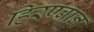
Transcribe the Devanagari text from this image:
हिरण्वान